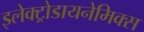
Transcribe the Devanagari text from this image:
इलेक्ट्रोडायनेमिक्स